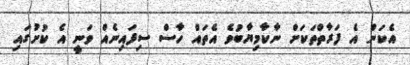
އެކަން އެ ފަރާތްތަކަށް ނާކާމިޔާބުވެ އެތައް ހާސް ސިފައިނެއް ވަނީ އެ ކުށުގައި